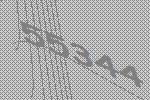
55344